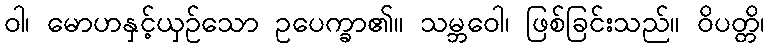
ဝါ၊ မောဟနှင့်ယှဉ်သော ဥပေက္ခာ၏။ သမ္ဘဝေါ၊ ဖြစ်ခြင်းသည်။ ဝိပတ္တိ၊